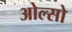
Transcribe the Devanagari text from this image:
ओल्सो